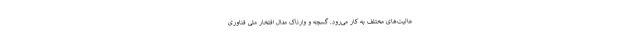
عالیت‌های مختلف به کار می‌رود. گسچه و وارناک مدال افتخار ملی فناوری